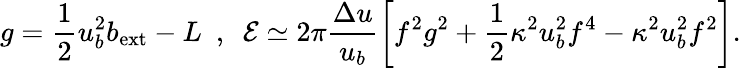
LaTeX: g=\frac{1}{2}u_{b}^{2}b_{\mathrm{ext}}-L\ \ ,\ \ {\cal E}\simeq 2\pi\frac{\Delta u}{u_{b}}\left[f^{2}g^{2}+\frac{1}{2}\kappa^{2}u_{b}^{2}f^{4}-\kappa^{2}u_{b}^{2}f^{2}\right].